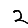
Digit: 2